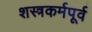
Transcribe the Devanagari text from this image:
शस्त्रकर्मपूर्व